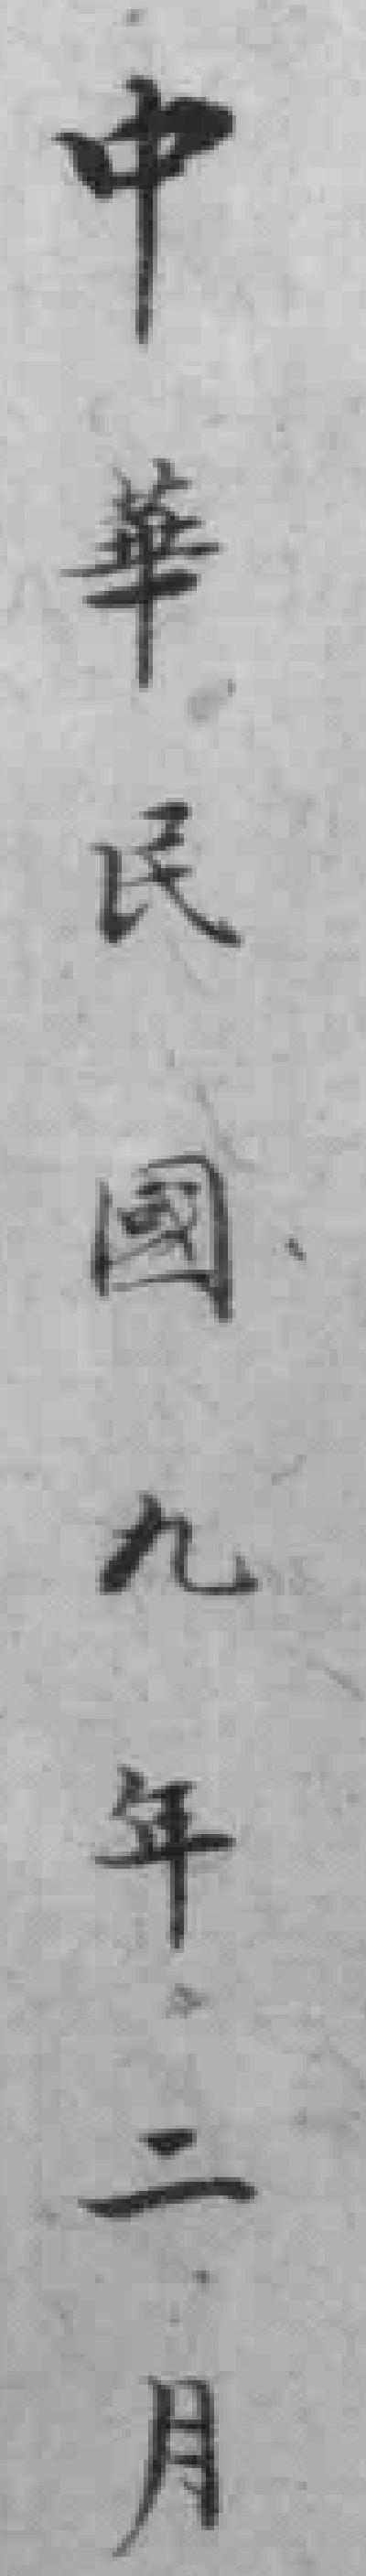
中華民國九年二月